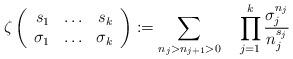
LaTeX: \begin{align*}\zeta\left(\begin{array}{rcr}s_1&\ldots&s_k\\\sigma_1&\ldots&\sigma_k\end{array}\right):=\sum_{n_j>n_{j+1}>0}\quad\prod_{j=1}^k \frac{\sigma_j^{n_j}}{n_j^{s_j}}\end{align*}